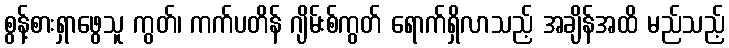
စွန့်စားရှာဖွေသူ ကွတ်၊ ကက်ပတိန် ဂျိမ်းစ်ကွတ် ရောက်ရှိလာသည့် အချိန်အထိ မည်သည့်